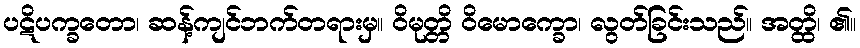
ပဋိပက္ခတော၊ ဆန့်ကျင်ဘက်တရားမှ။ ဝိမုတ္တိ ဝိမောက္ခော၊ လွတ်ခြင်းသည်။ အတ္ထိ၊ ၏။